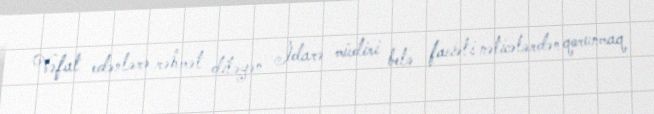
Vəfat edənlərə rəhmət diləyən İdarə müdiri belə faciəli nəticələrdən qorunmaq